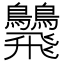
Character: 𩙾